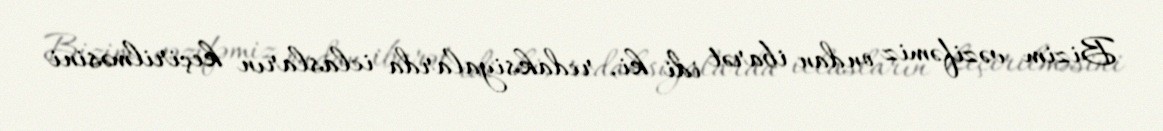
Bizim vəzifəmiz ondan ibarət idi ki, redaksiyalarda iclasların keçirilməsini